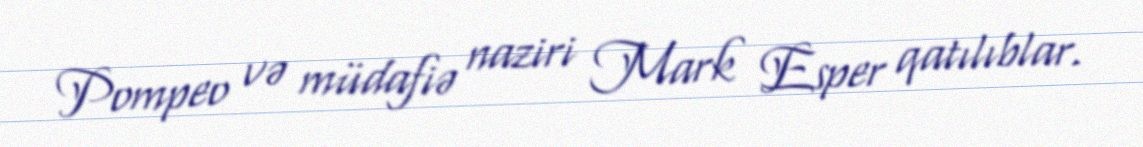
Pompeo və müdafiə naziri Mark Esper qatılıblar.